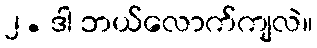
၂. ဒါ ဘယ်လောက်ကျလဲ။